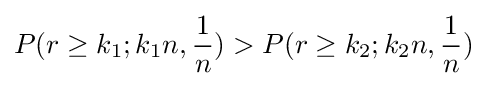
P(r\geq k_{1};k_{1}n,{\frac {1}{n}})>P(r\geq k_{2};k_{2}n,{\frac {1}{n}})